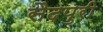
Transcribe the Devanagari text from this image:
सैदपुरी